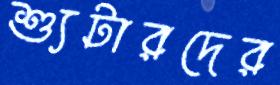
শ্যুটারদের